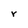
Character: r